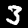
Label: 3